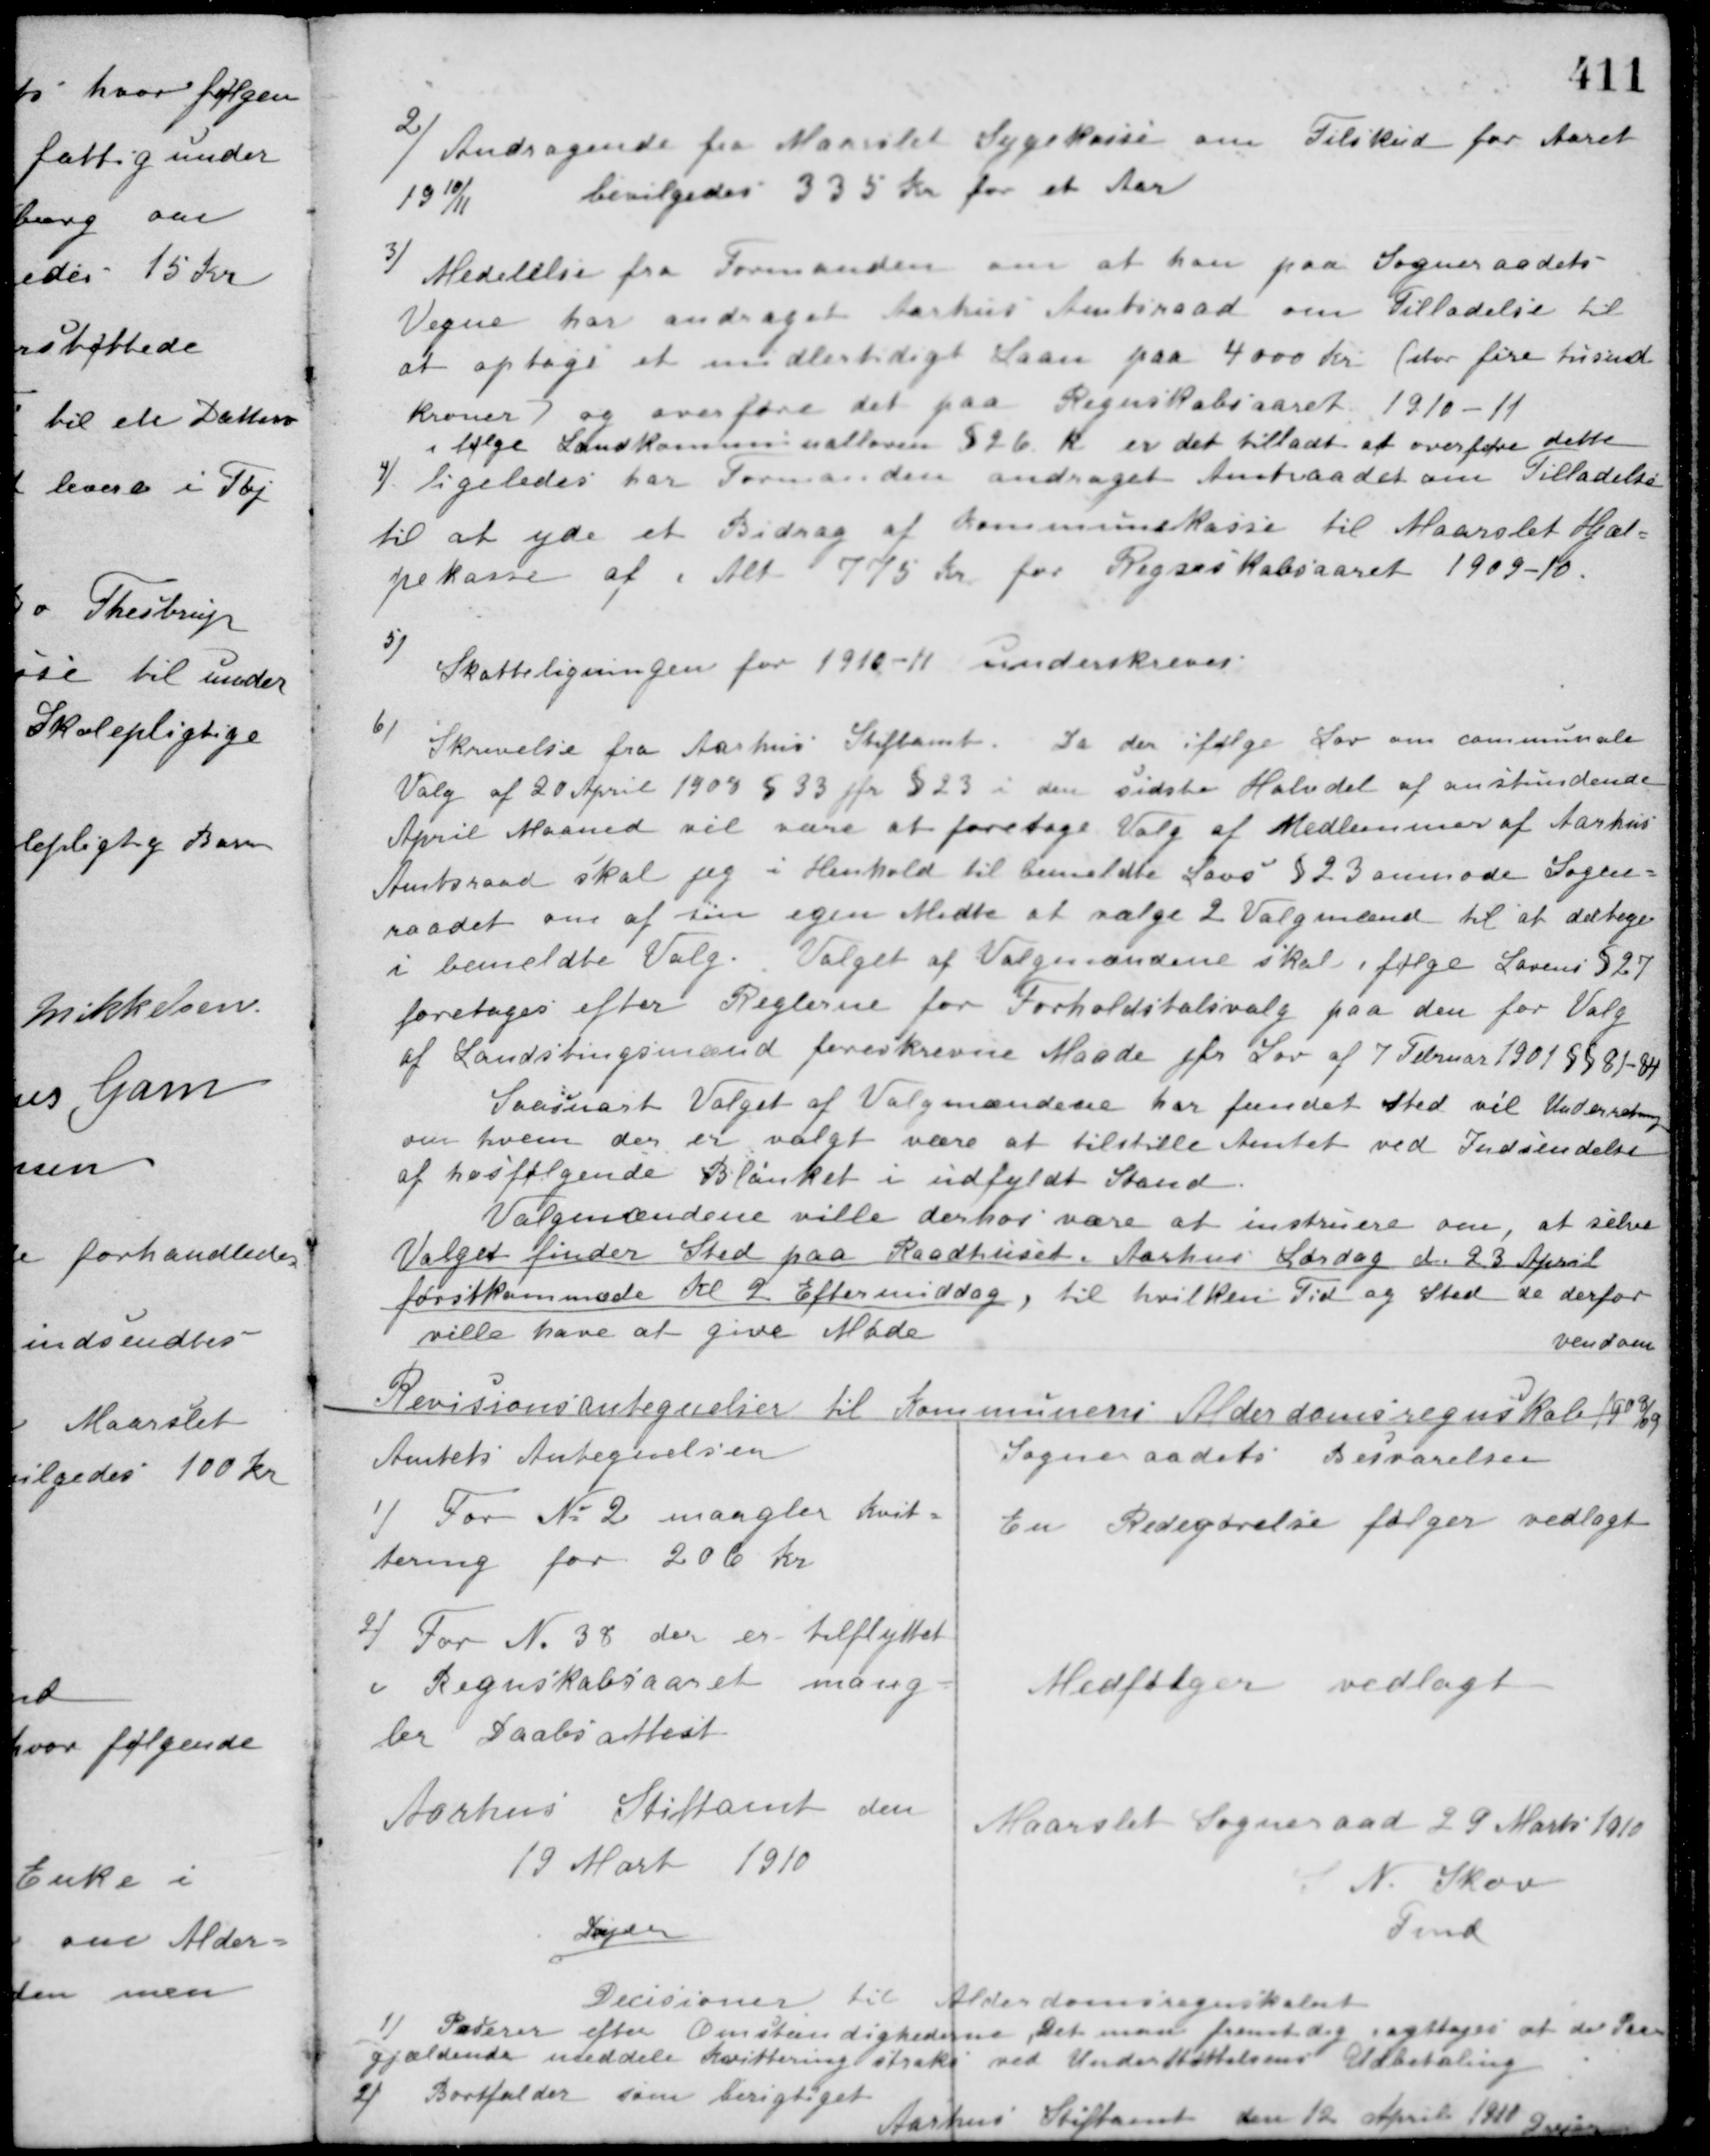
Transskription:
2) Andragende fra Maarslet Sygekasse om Tilskud for Aaret
1910/11
bevilgedes 335 Kr. for et Aar
3) Medelelse fra Formanden om at han paa Sogneraadets
Vegne har andraget Aarhus Amtsraad om Tilladelse til
at optage et midlertidigt Laan paa 4000 Kr. (stor fire tusind
kroner) og overføre det paa Regnskabsaaret 1910-11
ifølge Landkommunalloven § 26 K er det tilladt at overføre dette
4) ligeledes har Formanden andraget Amtraadet om Tilladelse
til at yde et Bidrag af Kommunekasse til Maarslet Hjæl-
pekasse af i Alt 775 Kr. for Regnskabsaaret 1909-10.
5)
Skatteligningen for 1910-11 underskreves.
6) Skrivelse fra Aarhus Stiftamt. Da der ifølge Lov om communale
Valg af 20 April 1908 § 33 jfr. § 23 i den sidste Halvdel af anstundende
April Maaned vil være at foretage Valg af Medlemmer af Aarhus
Amtsraad skal jeg i Henhold til bemeldte Lovs § 23 anmode Sogne-
raadet om af sin egen Midte at vælge 2 Valgmænd til at deltage
i bemeldte Valg. Valget af Valgmændene skal i følge Lovens § 27
foretages efter Reglerne for Forholdstalsvalg paa den for Valg
af Landstingsmænd foreskrevne Maade jfr. Lov af 7 Februar 1901 §§ 81-84
Saasnart Valget af Valgmændene har fundet sted vil Underretning
om hvem der er valgt være at tilstille Amtet ved Indsendelse
af hosfølgende Blanket i udfyldt Stand
Valgmændene ville derhos være at instruere om, at selve
Valget finder Sted paa Raadhuset i Aarhus Lørdag d. 23 April
førstkommede Kl. 2 Eftermiddag, til hvilken Tid og Sted de derfor
ville have at give Møde
vend om

Decisioner til Aldomsregnskabet
1) Paderer efter Omstændighederne. Dels man fremtidig iagttager at den Paa-
gjældende meddele kvittering straks ved Understøttelsens Udbetaling
2) Bortfalder som berigtiget
Aarhus Stiftamt den 12 April 1911
Dreyer